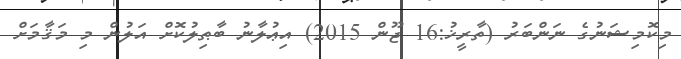
މިކޮމިޝަނުގެ ނަންބަރު (ތާރީޚު:16 ޖޫން 2015) އިޢުލާނު ބާޠިލުކޮށް އަލުން މި މަޤާމަށް